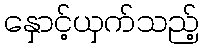
နှောင့်ယှက်သည့်